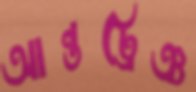
আন্তট্রেঞ্চ